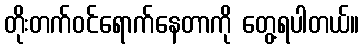
တိုးတက်ဝင်ရောက်နေတာကို တွေ့ရပါတယ်။